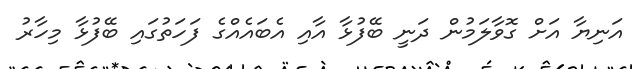
އަނިޔާ އަށް ގޮވާލަމުން ދަނީ ބޭފުޅާ އާއި އެބައެއްގެ ފަހަތުގައި ބޭފުޅާ މިހާރު